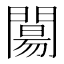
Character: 𨵶